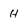
Character: H